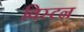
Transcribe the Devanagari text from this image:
विस्टन